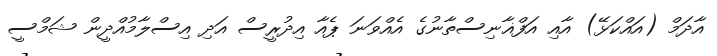
އާދަމް (އައްކަޅޭ) އާއި އަފްޣާނިސްތާނުގެ އެއްވަނަ ޕެއާ އިދުރީސް އަދި އިސްލާމުއްދީން ޝަމްސީ